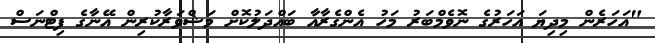
"އަހަރެން މިދިޔަ އަހަރުގެ ނޮވެމްބަރު މަހު އެންގެރާއާ ބައްދަލުކޮށް މަޝްވަރާކުރިން އޭނާގެ ފިޓްނަސް